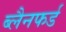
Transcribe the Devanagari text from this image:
ब्लैनफर्ड